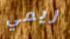
ريمي